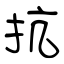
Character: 抗